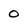
Character: 0